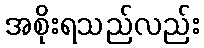
အစိုးရသည်လည်း